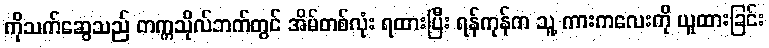
ကိုသက်ဆွေသည် တက္ကသိုလ်ဘက်တွင် အိမ်တစ်လုံး ရထားပြီး ရန်ကုန်က သူ့ ကားကလေးကို ယူထားခြင်း